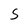
Character: S